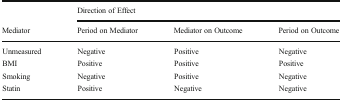
<table><thead><tr><td></td><td colspan="3"><b>Direction of Effect</b></td></tr><tr><td><b>Mediator</b></td><td><b>Period on Mediator</b></td><td><b>Mediator on Outcome</b></td><td><b>Period on Outcome</b></td></tr></thead><tbody><tr><td>Unmeasured</td><td>Negative</td><td>Positive</td><td>Negative</td></tr><tr><td>BMI</td><td>Positive</td><td>Positive</td><td>Positive</td></tr><tr><td>Smoking</td><td>Negative</td><td>Positive</td><td>Negative</td></tr><tr><td>Statin</td><td>Positive</td><td>Negative</td><td>Negative</td></tr></tbody></table>